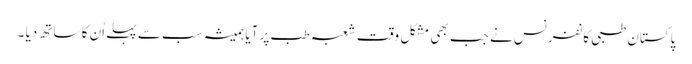
پاکستان طبی کانفرنس نے جب بھی مشکل وقت شعبہ طب پر آیا ہمیشہ سب سے پہلے اُن کا ساتھ دیا ۔